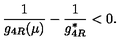
\frac { 1 } { g _ { 4 R } ( \mu ) } - \frac { 1 } { g _ { 4 R } ^ { * } } < 0 .